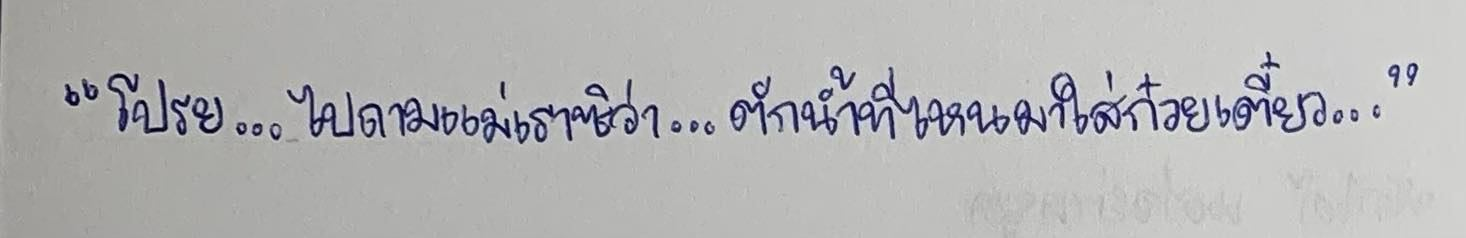
"โปรย...ไปถามแม่เราซิว่า...ตักน้ำที่ไหนมาใส่ก๋วยเตี๋ยว..."